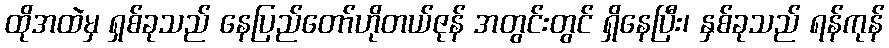
ထိုအထဲမှ ရှစ်ခုသည် နေပြည်တော်ဟိုတယ်ဇုန် အတွင်းတွင် ရှိနေပြီး၊ နှစ်ခုသည် ရန်ကုန်